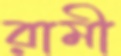
রামী